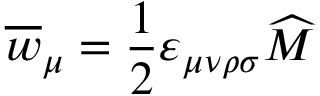
\overline { { { w } } } _ { \mu } = \frac 1 2 \varepsilon _ { \mu \nu \rho \sigma } \widehat { M }